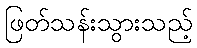
ဖြတ်သန်းသွားသည့်